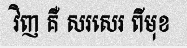
វិញ គឺ សរសេរ ពីមុខ